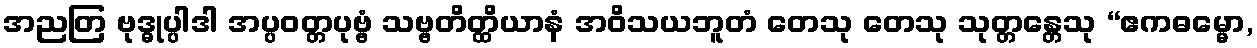
အညတြ ဗုဒ္ဓုပ္ပါဒါ အပ္ပဝတ္တပုဗ္ဗံ သဗ္ဗတိတ္ထိယာနံ အဝိသယဘူတံ တေသု တေသု သုတ္တန္တေသု “ဧကဓမ္မော,